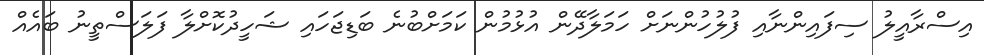
އިސްރާއީލު ސިފައިންނާއި ފުލުހުންނަށް ހަމަލާދޭން އުޅުމުން ކަމަށްބުނެ ބަޑިޖަހައި ޝަހީދުކޮށްލާ ފަލަސްތީނު ބައެއް